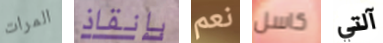
المرات بإنقاذ نعم كاسل آلتي